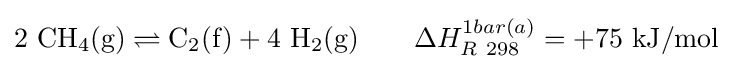
\mathrm {2\ CH_{4}(g)\rightleftharpoons C_{2}(f)+4\ H_{2}(g)} \qquad \Delta H_{R\ 298}^{1bar(a)}=+75\ \mathrm {kJ/mol}